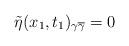
LaTeX: \begin{align*}\tilde\eta(x_1, t_1)_{\gamma\overline{\gamma}}=0\end{align*}